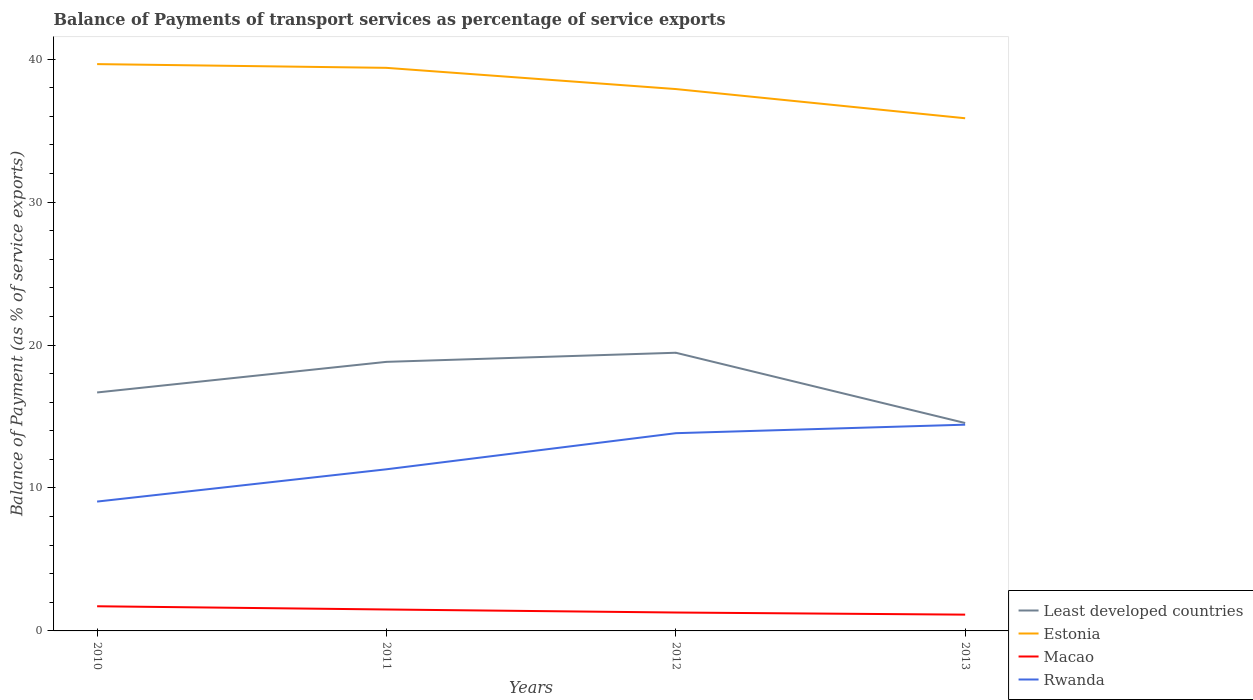
| Years | Least developed countries | Estonia | Macao | Rwanda |
 | --- | --- | --- | --- | --- |
 | 2010 | 16.7 | 39.7 | 1.72 | 9.05 |
 | 2011 | 18.8 | 39.4 | 1.5 | 11.3 |
 | 2012 | 19.5 | 37.9 | 1.29 | 13.8 |
 | 2013 | 14.5 | 35.9 | 1.14 | 14.4 |